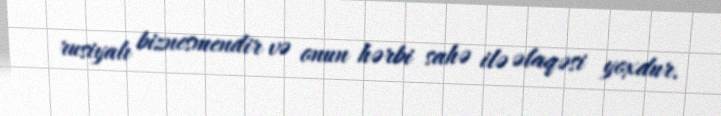
rusiyalı biznesmendir və onun hərbi sahə ilə əlaqəsi yoxdur.